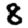
Digit: 8